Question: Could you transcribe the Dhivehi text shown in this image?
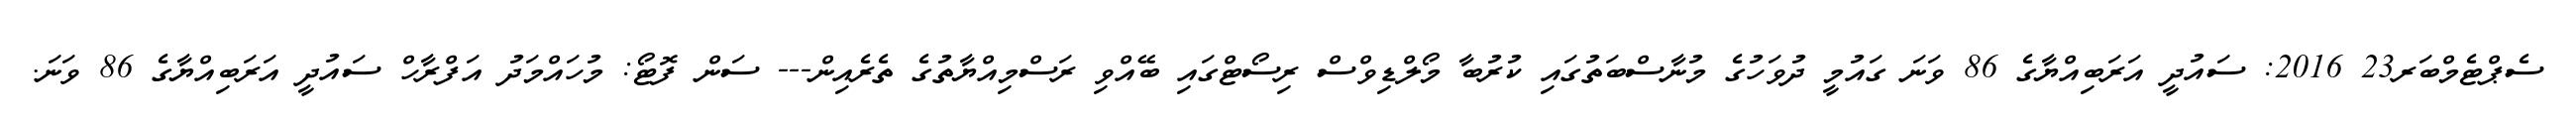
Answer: ސެޕްޓެމްބަރ23 2016: ސައުދީ އަރަބިއްޔާގެ 86 ވަނަ ގައުމީ ދުވަހުގެ މުނާސްބަތުގައި ކުރުބާ މޯލްޑިވްސް ރިސޯޓްގައި ބޭއްވި ރަސްމިއްޔާތުގެ ތެރެއިން--- ސަން ފޮޓޯ: މުހައްމަދު އަފްރާހް ސައުދީ އަރަބިއްޔާގެ 86 ވަނަ.